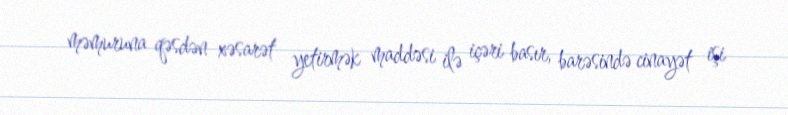
məmuruna qəsdən xəsarət yetirmək maddəsi ilə içəri basır, barəsində cinayət işi